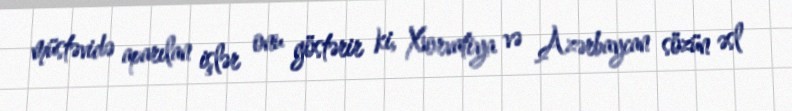
müstəvidə aparılan işlər onu göstərir ki, Xorvatiya və Azərbaycan sözün əsl